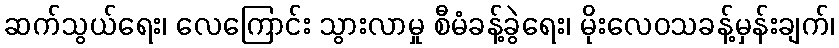
ဆက်သွယ်ရေး၊ လေကြောင်း သွားလာမှု စီမံခန့်ခွဲရေး၊ မိုးလေဝသခန့်မှန်းချက်၊